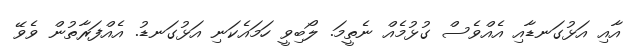
އާއި އަޅުގަނޑާއި އެއްވެސް ގުޅުމެއް ނެތީމަ. ލޯބިވީ ހަމައެކަނި އަޅުގަނޑު. އެއްފަރާތުން ވެވޭ